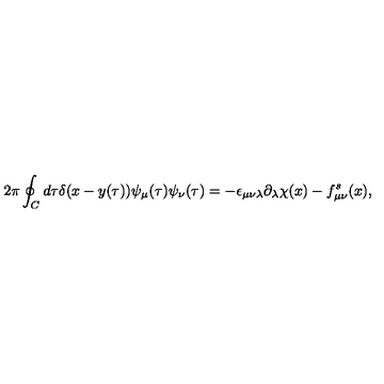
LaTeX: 2 \pi \oint _ { C } d \tau \delta ( x - y ( \tau ) ) \psi _ { \mu } ( \tau ) \psi _ { \nu } ( \tau ) = - \epsilon _ { \mu \nu \lambda } \partial _ { \lambda } \chi ( x ) - f _ { \mu \nu } ^ { s } ( x ) ,